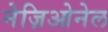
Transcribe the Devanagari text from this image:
नेज़िओनेल